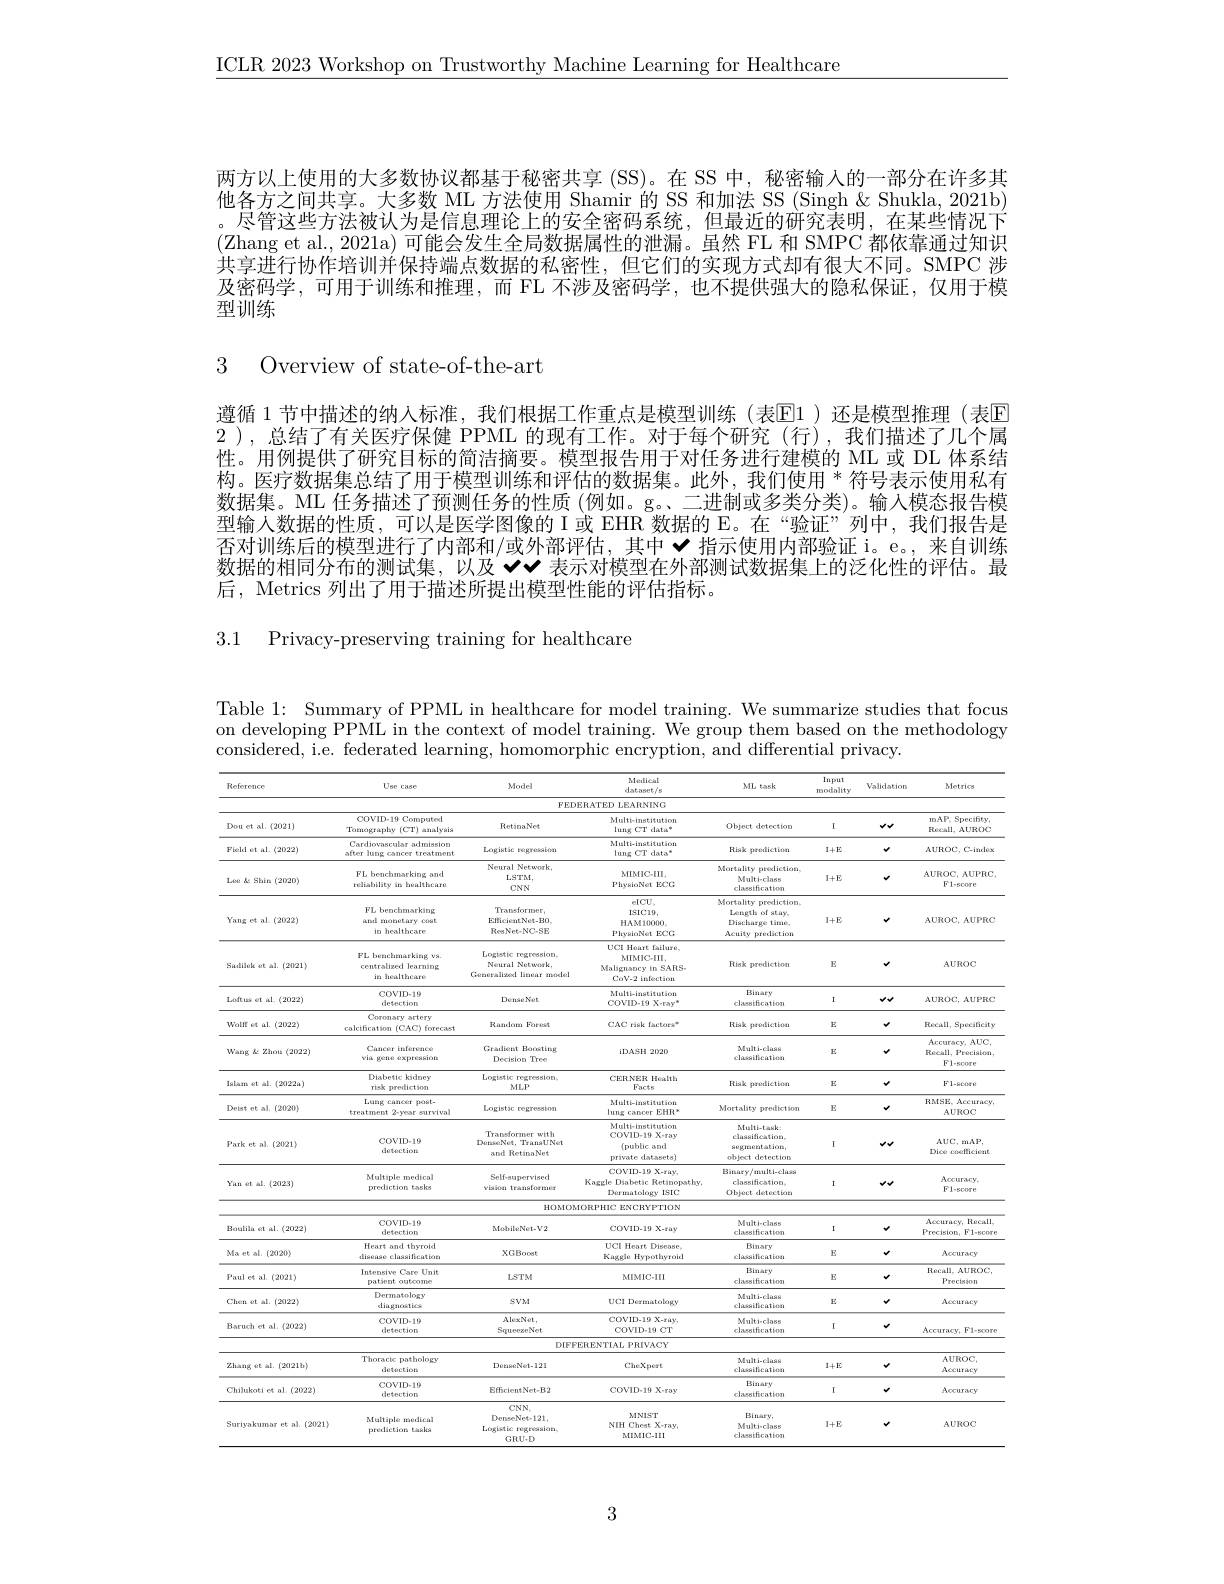
$\underline{\mathrm{ICLR~2023~Workshop~on~Trustworthy~Machine~Learning~for~Healthcare}}$

两方以上使用的大多数协议都基于秘密共享 (SS)。在 SS 中，秘密输入的一部分在许多其他各方之间共享。大多数 ML 方法使用 Shamir 的 SS 和加法 SS (Singh& Shukla, 2021b) 。尽管这些方法被认为是信息理论上的安全密码系统，但最近的研究表明，在某些情况下(Zhang et al., 2021a) 可能会发生全局数据属性的泄漏。虽然 FL 和 SMPC 都依靠通过知识共享进行协作培训并保持端点数据的私密性，但它们的实现方式却有很大不同。SMPC 涉及密码学，可用于训练和推理，而 FL 不涉及密码学，也不提供强大的隐私保证，仅用于模型训练

3 Overview of state-of-the-art

遵循 1 节中描述的纳入标准，我们根据工作重点是模型训练(表$\operatorname{E}$1)还是模型推理(表$\operatorname{E}$ 2 ),总结了有关医疗保健 PPML 的现有工作。对于每个研究(行),我们描述了几个属性。用例提供了研究目标的简洁摘要。模型报告用于对任务进行建模的 ML 或 DL 体系结构。医疗数据集总结了用于模型训练和评估的数据集。此外，我们使用 $^{*}$符号表示使用私有数据集。ML 任务描述了预测任务的性质 (例如。g。、二进制或多类分类)。输入模态报告模型输人数据的性质，可以是医学图像的 I 或 EHR 数据的 E。在“验证”列中，我们报告是否对训练后的模型进行了内部和/或外部评估，其中·指示使用内部验证 i。e。, 来自训练数据的相同分布的测试集，以及$^{\prime}\checkmark\checkmark$表示对模型在外部测试数据集上的泛化性的评估。最后，Metrics 列出了用于描述所提出模型性能的评估指标。

3.1 Privacy-preserving training for healthcare

Table 1: Summary of PPML in healthcare for model training. We summarize studies that focus on developing PPML in the context of model training. We group them based on the methodology
<table>
	<tbody>
		<tr>
			<th>Reference</th>
			<th>Uee case</th>
			<th>$Mode]$</th>
			<th>Modical $dx$ 189年10</th>
			<th>ML task</th>
			<th>$\ln put$ modality</th>
			<th>Validation</th>
			<th>Metrics</th>
		</tr>
		<tr>
			<td> </td>
			<td> </td>
			<td>$FEDI$</td>
			<td>SRATED LEARNING</td>
			<td> </td>
			<td> </td>
			<td> </td>
			<td> </td>
		</tr>
		<tr>
			<td>Dou et al. (2021)</td>
			<td>COVID-19 Computed Toenography (CT) arualyaisa 1</td>
			<td>RetinaNet</td>
			<td>Multi-institution $\lim_{\mathrm{CT}}$ data$^{*}$</td>
			<td>Object detectiom</td>
			<td>I</td>
			<td>$vv$</td>
			<td>mAP, Specifty Recall, AUROC</td>
		</tr>
		<tr>
			<td>Field et al. (2022)</td>
			<td>Cardiovascular admission after lung cancer T treatment</td>
			<td>Logistic rvegréckak iola 1</td>
			<td>Multi-imatitution $\lim_{\mathrm{CT}}\text{ data}^{*}$</td>
			<td>Riak prodictiom</td>
			<td>$1+E$</td>
			<td>v</td>
			<td>AUROC, C-index</td>
		</tr>
		<tr>
			<td>Loe k: Shin (2020)</td>
			<td>FL benchmarking and roliability in bealthcare</td>
			<td>Neural Network, LSTM $CNN$</td>
			<td>MIMIC-IIL PhysioNet ECC</td>
			<td>Mortality proxliction. Multi-class classificatiorn</td>
			<td>1+E</td>
			<td>$v$</td>
			<td>AUROC, AUPRC $F1-gcore$</td>
		</tr>
		<tr>
			<td> </td>
			<td> </td>
			<td> </td>
			<td>$eICU$,</td>
			<td>Mortality prediction</td>
			<td> </td>
			<td> </td>
			<td> </td>
		</tr>
		<tr>
			<td>Yang et al.(2022)</td>
			<td>FL benchmarking arul monetary coat in healthcare</td>
			<td>Transformer, Efliciont Not-BO ResNet-NC-SE</td>
			<td>$eICU_r$ $151C19.$ $HAM10000$ PhyaioNet $ECCC$</td>
			<td>Mortality prediction Length of atay, Diaclaarge tirae, Acuity prediction .</td>
			<td>1+E</td>
			<td>$v$</td>
			<td>AUROC, AUPRC</td>
		</tr>
		<tr>
			<td>Sadilek et al. (2021)</td>
			<td>FL berachmarking va. centralized learning in hoaltbeare</td>
			<td>Logistic regression Neural Network, Generalizod linear model</td>
			<td>UCI Heart failure. MIMIC-IIL Malignancy in SARS- CoV-2 infection</td>
			<td>Risk predictiorn</td>
			<td>E</td>
			<td>$v$</td>
			<td>AUROC</td>
		</tr>
		<tr>
			<td>Loftus et al.(2022)</td>
			<td>COVID-19 detection</td>
			<td>Dense Net</td>
			<td>Multi-imatitution $COVID-19X-ray^{*}$</td>
			<td>Binary classificatiorn</td>
			<td>I</td>
			<td>$vv$</td>
			<td>$\mathbf{AUROC}$, AUPRC</td>
		</tr>
		<tr>
			<td>Wolf et al. (2022)</td>
			<td>Coronary artery calcificatjon (CAC) forecast 1</td>
			<td>Random Forest</td>
			<td>CAC riak factors"</td>
			<td>Riak prendictiora</td>
			<td>$E$</td>
			<td>v</td>
			<td>Recall, Specáficity</td>
		</tr>
		<tr>
			<td>Wang $k$ Zhou (2022)</td>
			<td>Cancer inference via gene expreasion</td>
			<td>Gradient Bocating Decision Tree </td>
			<td>iDASH 2020</td>
			<td>Multi-cliasa clasailicatiora</td>
			<td>$E$</td>
			<td>$v$</td>
			<td>$Accuracy,AUC$, Recall, Precision $F1=ec$</td>
		</tr>
		<tr>
			<td>Ialam et al. $(2022a)$</td>
			<td>Diabetic kidney risk prediction</td>
			<td>Logistic regression $MLP$</td>
			<td>CERNER Hoaltk Facts</td>
			<td>Riak prendictiora</td>
			<td>$E$</td>
			<td>v</td>
			<td>F1-86000</td>
		</tr>
		<tr>
			<td>Deist et al. (2020)</td>
			<td>Lung cancor past- treatment $2-yvear$ survival</td>
			<td>Logistjc regresstorn</td>
			<td>Multi-imatitution lung cancer EHR*</td>
			<td>Mortality prediction</td>
			<td>E</td>
			<td>$v$</td>
			<td>RMSE, Accuracy AUROC</td>
		</tr>
		<tr>
			<td>Park et al. (2021)</td>
			<td>COVID-19 detoction</td>
			<td>Transformer with DeruseNet, TranaUNet and RetinaNet</td>
			<td>Multi-institution COVID-19 X-ray $\langle$public and private datasets)</td>
			<td>Multi-task cliasaification. sepraerat ation, object detection</td>
			<td>I</td>
			<td>$vv$</td>
			<td>$AUC$, mAP Dice codlicient</td>
		</tr>
		<tr>
			<td>Park et al. (2021)</td>
			<td>detoction Multiple medical</td>
			<td>TANET, ITHIAUINEL and RetinaNet Self-gupervised</td>
			<td>$\langle$public and private datasets) COVID-19 X-ray</td>
			<td>sepraerat ation, object detection Binary /multi-classe</td>
			<td> </td>
			<td>$VV$</td>
			<td>TUU, HIA r Dice coelficient Accuracy</td>
		</tr>
		<tr>
			<td rowspan="3">Yan et al. (2023)</td>
			<td>Multiple medical prediction tasks</td>
			<td>Self-gupervised visajon tranalormer</td>
			<td>${\mathrm{COVID-19~X-r~ay}}$, Kagggle Diabetic Retinopathy Dermatology ISIC</td>
			<td>Binary/multi-class classification Objoct detection</td>
			<td>I</td>
			<td>$vv$</td>
			<td>Accuracy $F1-5COTe$</td>
		</tr>
		<tr>
			<td>prediction tasks</td>
			<td>visajon tranalormer</td>
			<td>Kaggle Diabetic Retinopathy Dermatology ISIC</td>
			<td>classiftcation Object detectiora</td>
			<td>I</td>
			<td>$vv$</td>
			<td>MUUREECY $F1-gcore$</td>
		</tr>
		<tr>
			<td> </td>
			<td>HOMOM</td>
			<td>ORPHIC ENCRYPTION</td>
			<td> </td>
			<td> </td>
			<td> </td>
			<td> </td>
		</tr>
		<tr>
			<td>Boulila et al.(2022)</td>
			<td>COVID-19 detection</td>
			<td>MobileNet-V2</td>
			<td>COVID-19 X-ray</td>
			<td>Multi-clase classificatiorn</td>
			<td>I</td>
			<td>v</td>
			<td>Acuracy, Reca 1 Precision,  F1- gcore</td>
		</tr>
		<tr>
			<td>Ma et al.(2020)</td>
			<td>Heart and thyroid disease clasailicatiora</td>
			<td>XGBoost</td>
			<td>UCI Heart Disease, Kaggle Hypothyroid</td>
			<td>Binary clasailicatiora</td>
			<td>E</td>
			<td>$v$</td>
			<td>Accuracy</td>
		</tr>
		<tr>
			<td>Paul et al. (2021)</td>
			<td>Intensive Care Unit patjent outcomes</td>
			<td>LSTM</td>
			<td>MIMIC-III</td>
			<td>Binary classificatiorn</td>
			<td>E</td>
			<td>$v$</td>
			<td>Recall, AUROC, Precisjon</td>
		</tr>
		<tr>
			<td>Chen et al. (2022)</td>
			<td>Dermatology eliagnostics</td>
			<td>sVM</td>
			<td>UCI Dermatology</td>
			<td>Multi-claase clasailicatiora</td>
			<td>$E$</td>
			<td>v</td>
			<td>Accuriacy</td>
		</tr>
		<tr>
			<td>Baruch et al. (2022)</td>
			<td>COVID-19 detection</td>
			<td>AlexNet Squeeze Net</td>
			<td>COVID-19 X-ray, COVID-19 CT</td>
			<td>Multi-clase classificatiorn</td>
			<td>I</td>
			<td>$v$</td>
			<td>Accuracy, Fl-gcor</td>
		</tr>
		<tr>
			<td> </td>
			<td> </td>
			<td>DIFFI</td>
			<td>$\Xi RENTIALPRIVACY$</td>
			<td> </td>
			<td> </td>
			<td> </td>
			<td> </td>
		</tr>
		<tr>
			<td>Zhang et al. $(2021b)$</td>
			<td>Thoractc pathology detoctiora</td>
			<td>Derase Net-121</td>
			<td>CheXport</td>
			<td>Multi-cliasse clasailicatiora</td>
			<td>$1+E$</td>
			<td>v</td>
			<td>AUROC Accuriacy</td>
		</tr>
		<tr>
			<td>Chilukoti et al.(2022)</td>
			<td>COVID-19 detection</td>
			<td>$EfficientNet-B2$</td>
			<td>COVID-19 X-ray</td>
			<td>Binary classificatiorn</td>
			<td>I</td>
			<td>v</td>
			<td>Accuracy</td>
		</tr>
		<tr>
			<td>Suriyakumar et al.(2021)</td>
			<td>Multiple medical prexliction tasks</td>
			<td>$CNN_{F}$ DenseNet-121 Logistic roig tvisaiota, $GRU-D$</td>
			<td>MNIST NIH Chest X-ray MIMIC-111</td>
			<td>Binary, Multi-class classificatiorn</td>
			<td>$I+E$</td>
			<td>$v$</td>
			<td>AUROC</td>
		</tr>
	</tbody>
</table>

3